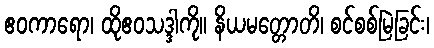
ဧဝကာရော၊ ထိုဧဝသဒ္ဒါကို။ နိယမတ္တောတိ၊ စင်စစ်မြဲခြင်း၊